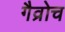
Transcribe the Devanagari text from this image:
गैव्रोच